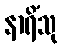
နာရိံသု